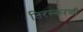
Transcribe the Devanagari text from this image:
तिरस्करणी